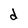
Character: d